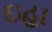
ઇહા